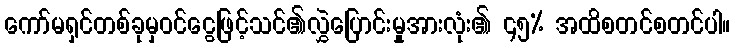
ကော်မရှင်တစ်ခုမှဝင်ငွေဖြင့်သင်၏လွှဲပြောင်းမှုအားလုံး၏ ၄၅% အထိစတင်စတင်ပါ။